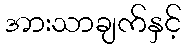
အားသာချက်နှင့်